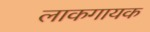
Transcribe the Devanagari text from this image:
लाकगायक